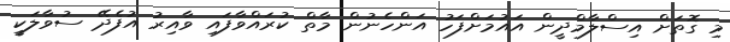
މި ގޮތަށް އިސްލާމްދީން އައުމަށްފަހު އަންހެނުން މާތް ކުރައްވާފައި ވާއިރު އުފެދޭ ސުވާލަކީ